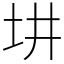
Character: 㘫